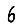
Digit: 6